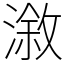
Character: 漵